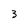
Character: 3